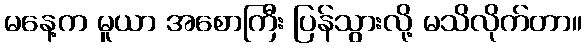
မနေ့က မူယာ အစောကြီး ပြန်သွားလို့ မသိလိုက်တာ။